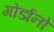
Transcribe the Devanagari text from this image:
गोर्डानो